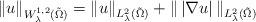
LaTeX: \begin{align*}\| u \|_{ W^{1,2}_\lambda (\tilde\Omega)}=\| u \|_{ L^2_\lambda (\tilde\Omega)} + \|\,| \nabla u | \, \|_{ L^2_\lambda ( \tilde\Omega )} \,\end{align*}